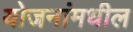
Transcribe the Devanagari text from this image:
योजनांमधील